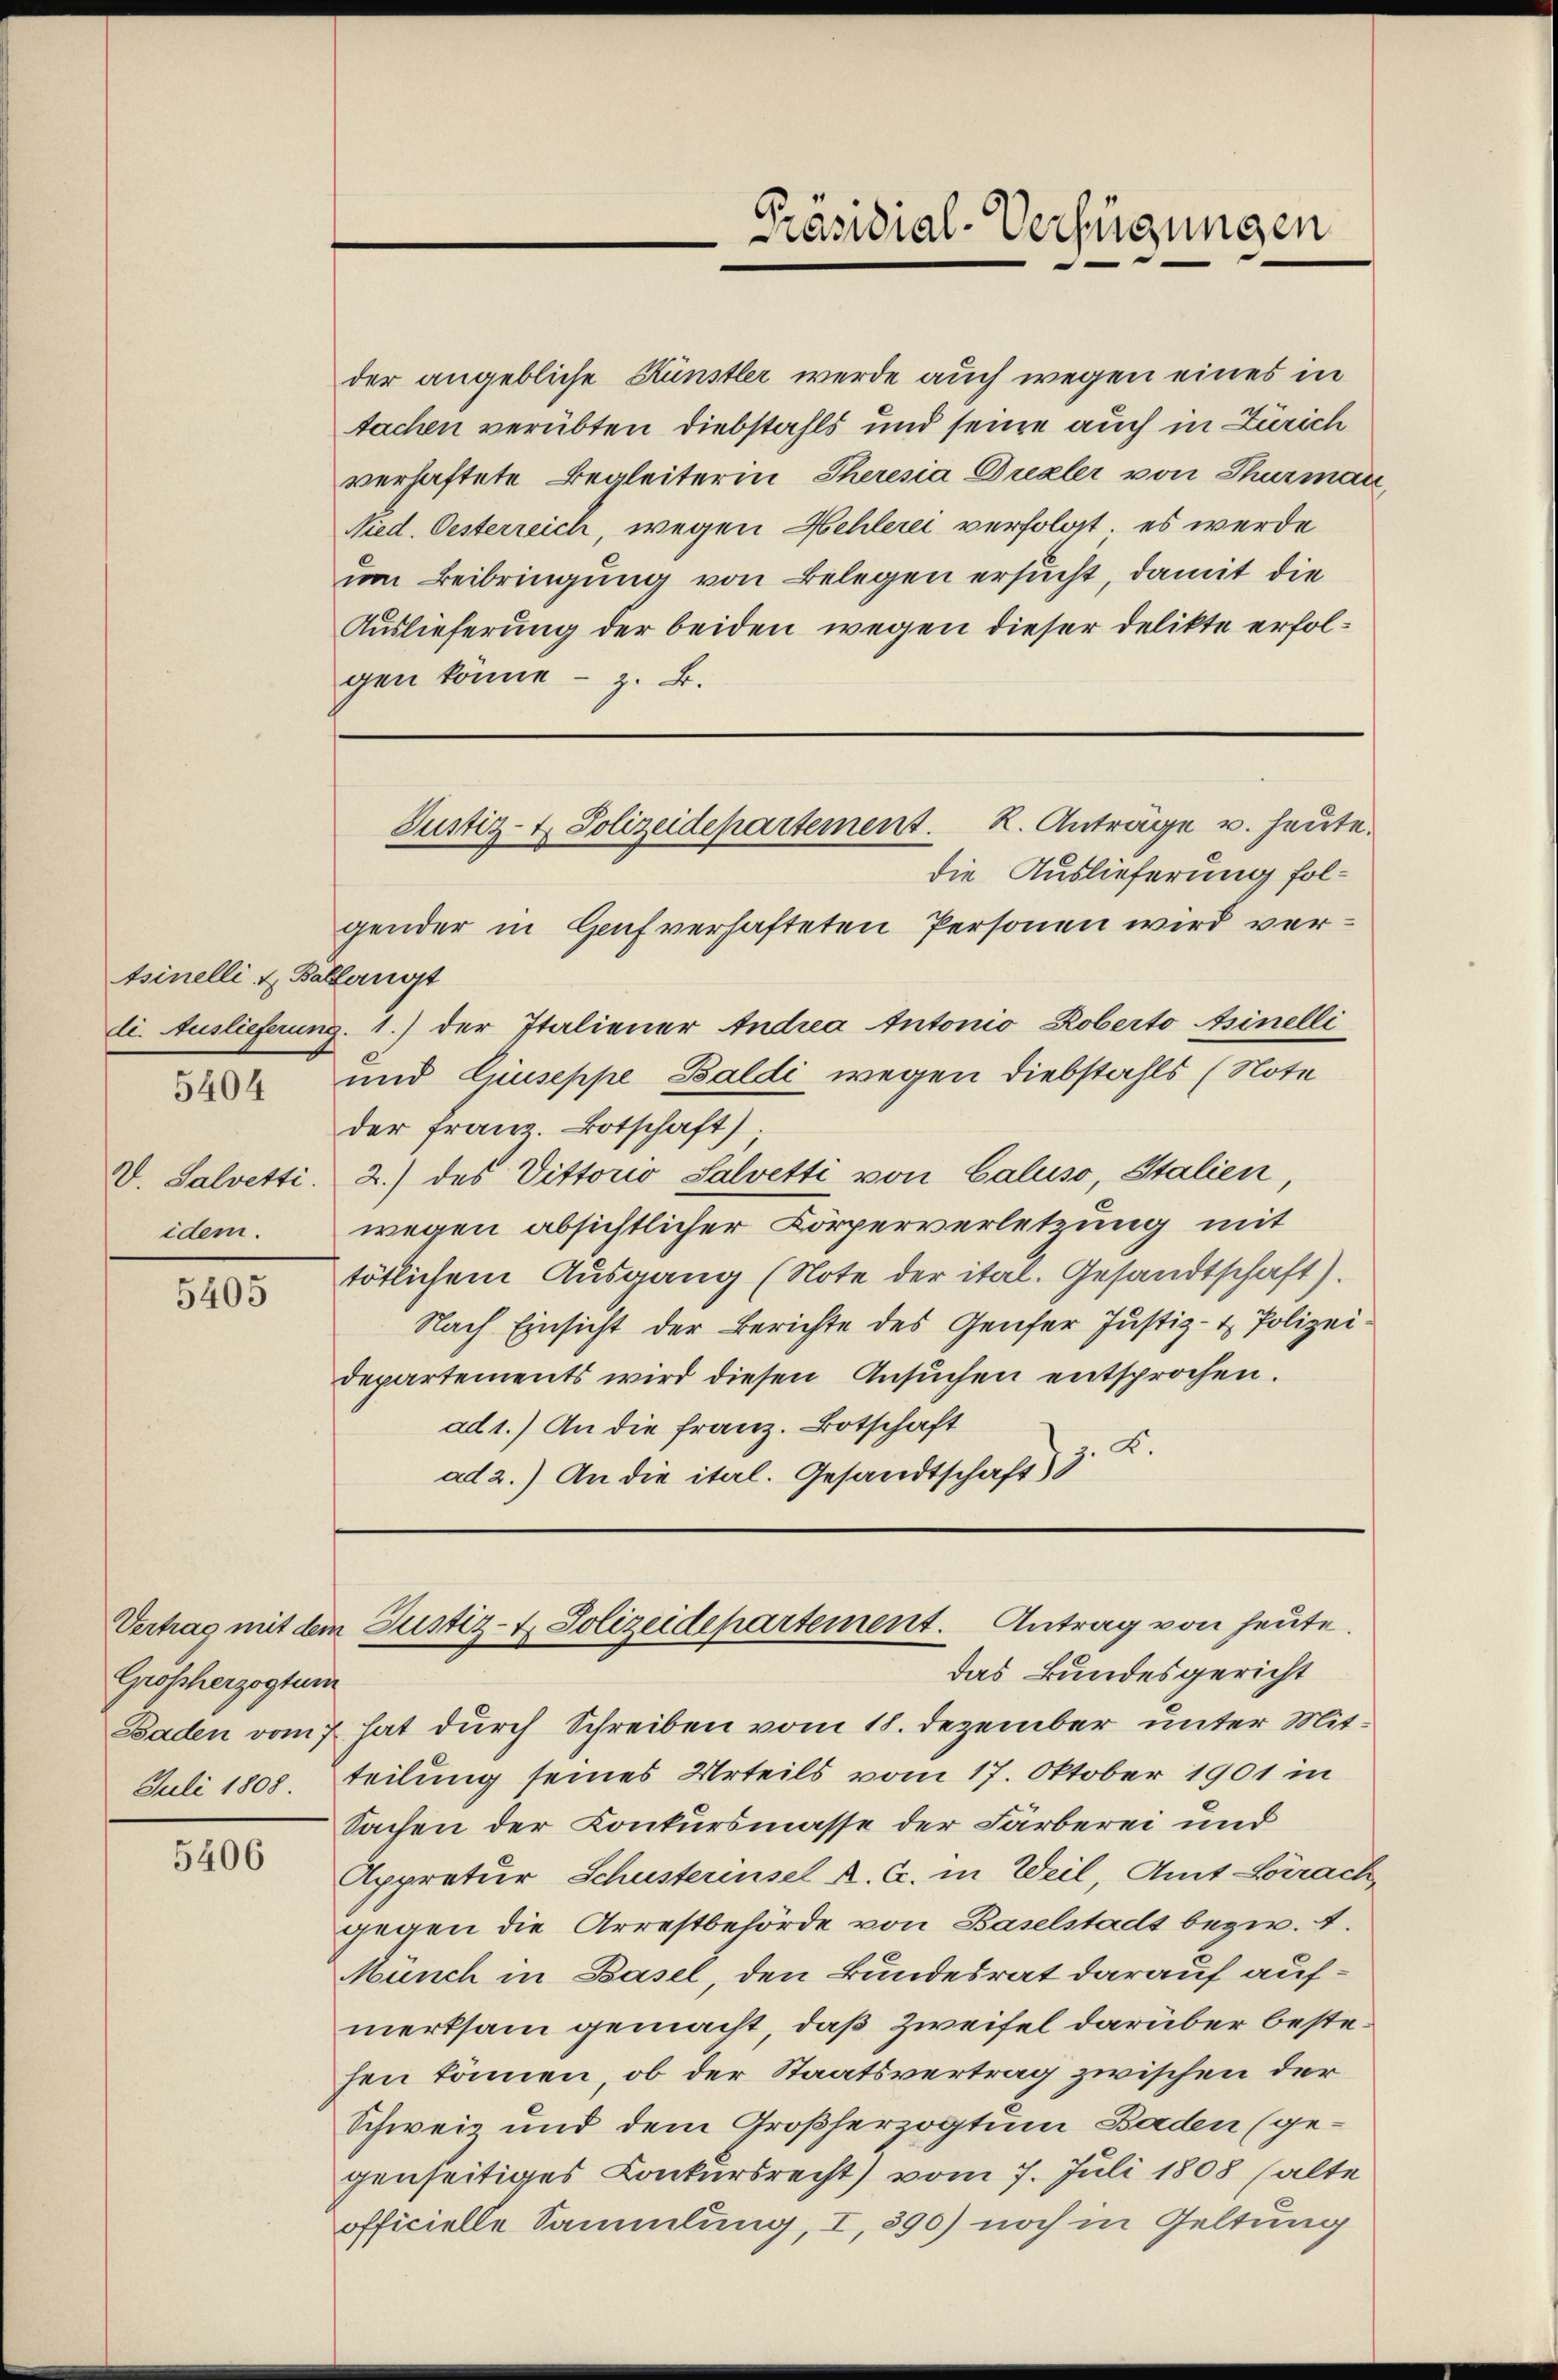
tsinelli & Ballangt
5404

V. Salvetti.
idem.

5405

Vertrag mit dem
Großherzogtum

5406

der angebliche Künstler werde auch wegen eines in
tachen verübten Diebstahls und seine auch in Zürich
verhaftete Begleiterin, Theresia Dualer von Thurman
Nied. Oesterreich, wegen Hehlerei verfolgt, es werde
um Beibringung von Belegen ersucht, damit die
Auslieferung der beiden wegen dieser Delikte erfolgen könne - z. B.

Präsidial-Verfügungen

die Auslieferung folgender in Genf verhafteten Personen wird verdi. Auslieferung. 1.) der Italiener Andrea tutonio Roberto sinelli
und Liuseppe Baldi wegen Diebstahls (Note
der Franz. Botschaft)
2.) des Vittorio Salvetti von Caluso, Italien,
wegen absichtlicher Körperverletzung mit
tötlichem Ausgang (Note der ital. Gesandtschaft).
Nach Einsicht der Berichte des Genfer Justiz- & Polizeidepartements wird diesen Ansuchen entsprochen.
ad 1.) An die Franz. Botschaft
ad 2.) An die ital. Gesandtschaft z. B.

Justiz- & Polizeidepartement. K. Anträge u. heute.

Justiz- & Polizeidepartement. Antrag von heute.
das Bundesgericht

Baden vom 7 hat durch Schreiben vom 18. Dezember unter Mit¬
Juli 1808 teilung seines Urteils vom 17. Oktober 1901 in
Sachen der Konkursmasse der Färberei und
Appretur, Schusterinsel A. G. in Weil, Amt Lörrach,
gegen die Arrestbehörde von Baselstadt bezw. 4.
Münch in Basel, den Bundesrat darauf aufmerksam gemacht, daß Zweifel darüber bestehen können, ob der Staatsvertrag zwischen der
Schweiz und dem Großherzogtum Baden (gegenseitiges Conkursrecht) vom 7. Juli 1808 halte
officielle Sammlung, I, 390) noch in Geltung